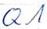
Text: Q1